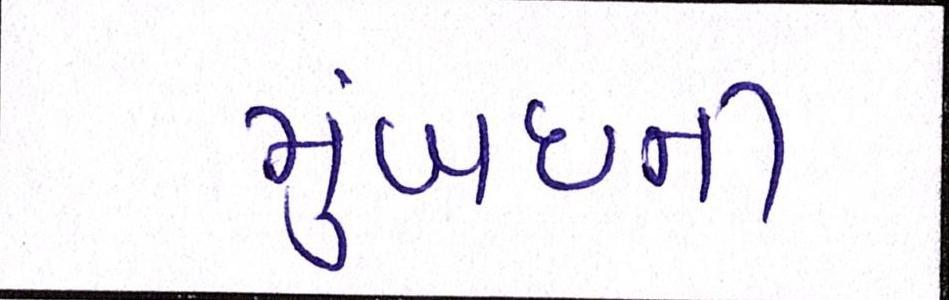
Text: મુંબઈની